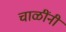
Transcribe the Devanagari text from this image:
चाळींनी